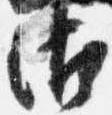
御